画像に写った文字を読んでください
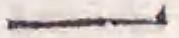
「一」と書いてあります